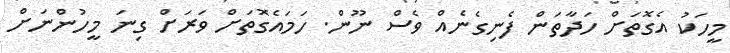
މީހަކު އެގޮތަށް ހަދާތަން ފެނިގެނެއް ވެސް ނޫން. ހަމައެގޮތަށް ވަރަށް ގިނަ މީހުންނަށް